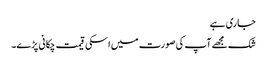
جاری ہے
شک مجھے آپ کی صورت میں اسکی قیمت چکانی پڑے۔